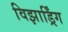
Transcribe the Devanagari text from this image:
विझार्ड्रिंग